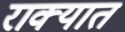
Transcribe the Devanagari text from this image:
राक्यात